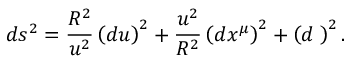
d s ^ { 2 } = \frac { R ^ { 2 } } { u ^ { 2 } } \left( d u \right) ^ { 2 } + \frac { u ^ { 2 } } { R ^ { 2 } } \left( d x ^ { \mu } \right) ^ { 2 } + \left( d { \bf \Omega } \right) ^ { 2 } .